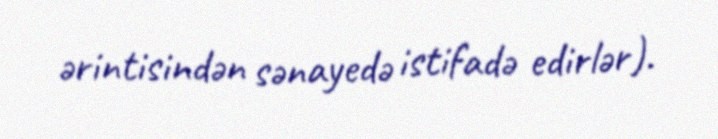
ərintisindən sənayedə istifadə edirlər).